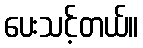
ပေးသင့်တယ်။